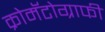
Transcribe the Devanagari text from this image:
क्रोमॅटोग्राफी